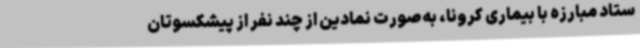
ستاد مبارزه با بیماری کرونا، به‌صورت نمادین از چند نفر از پیشکسوتان